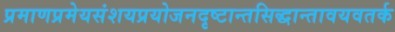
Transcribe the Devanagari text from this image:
प्रमाणप्रमेयसंशयप्रयोजनदृष्टान्तसिद्धान्तावयवतर्क